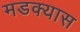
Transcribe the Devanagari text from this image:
मडक्यास